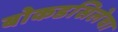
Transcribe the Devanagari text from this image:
बोकडसिलेचा